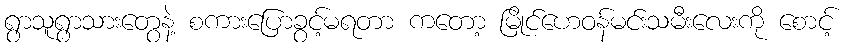
ရွာသူရွာသားတွေနဲ့ စကားပြောခွင့်မရတာ ကတော့ မြိုင်ဟေဝန်မင်းသမီးလေးကို စောင့်